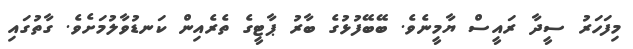
މިފަހަރު ސީދާ ރައީސް ޔާމީނެވެ. ބޭބޭފުޅުގެ ބާރު ޕާޓީގެ ތެރެއިން ކަނޑުވާލުމަށެވެ. ގާތުގައި